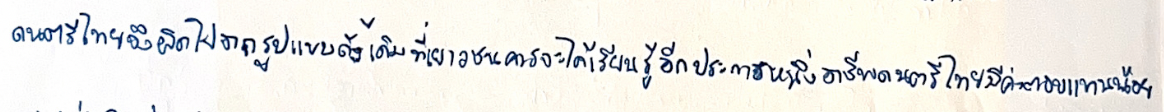
ดนตรีไทยจึงผิดไปจากรูปแบบดั้งเดิมที่เยาวชนควรจะได้เรียนรู้อีกประการหนึ่งอาชีพดนตรีไทยมีค่าตอบแทนน้อย